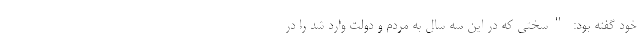
خود گفته بود: "سختی که در این سه سال به مردم و دولت وارد شد را در